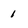
Character: 1